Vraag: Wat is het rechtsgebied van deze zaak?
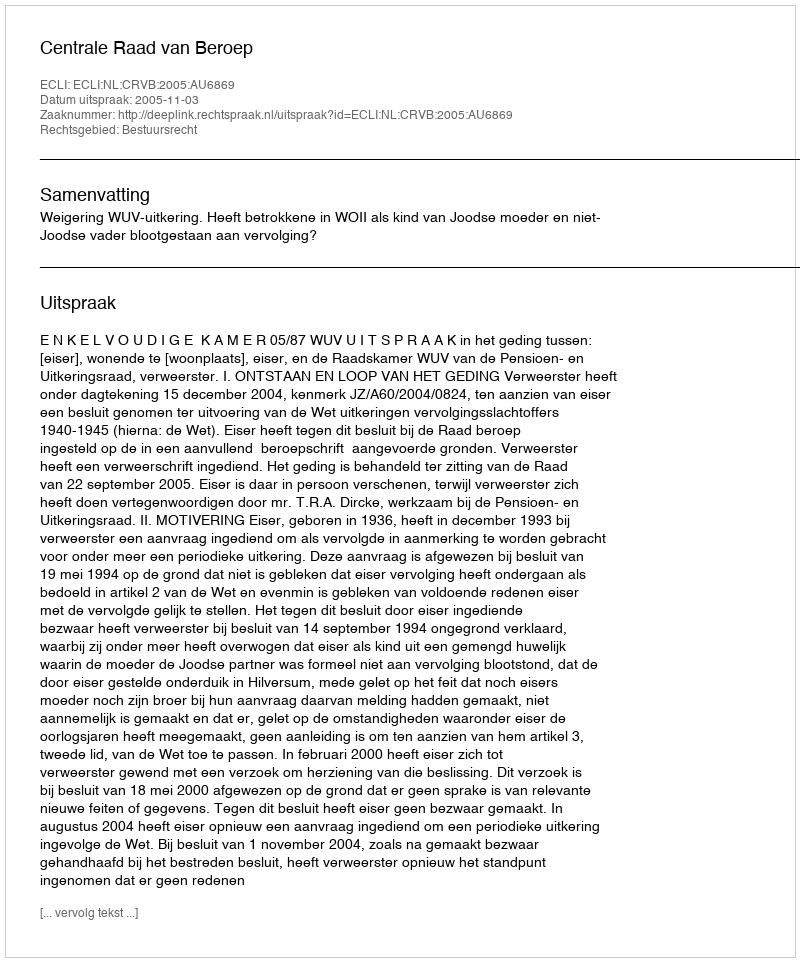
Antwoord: Bestuursrecht